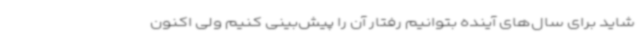
شاید برای سال‌های آینده بتوانیم رفتار آن را پیش‌بینی کنیم ولی اکنون